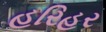
હરિહર